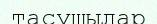
тасушылар